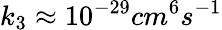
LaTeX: k_{3}\approx 10^{-29}cm^{6}s^{-1}